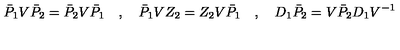
\bar { P } _ { 1 } V \bar { P } _ { 2 } = \bar { P } _ { 2 } V \bar { P } _ { 1 } \quad , \quad \bar { P } _ { 1 } V Z _ { 2 } = Z _ { 2 } V \bar { P } _ { 1 } \quad , \quad D _ { 1 } \bar { P } _ { 2 } = V \bar { P } _ { 2 } D _ { 1 } V ^ { - 1 }